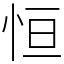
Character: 恒